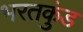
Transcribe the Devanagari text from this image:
भरतकुंड